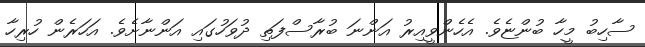
ސާހިބު މީހާ ބުންޏެވެ. އެހެންވީއިރު އަންނަ ބުރާސްފަތި ދުވަހުގައި އަންނާށެވެ. އަހަރެން ހުރިހާ